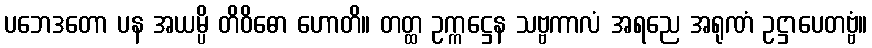
ပဘေဒတော ပန အယမ္ပိ တိဝိဓော ဟောတိ။ တတ္ထ ဥက္ကဋ္ဌေန သဗ္ဗကာလံ အရညေ အရုဏံ ဥဋ္ဌာပေတဗ္ဗံ။